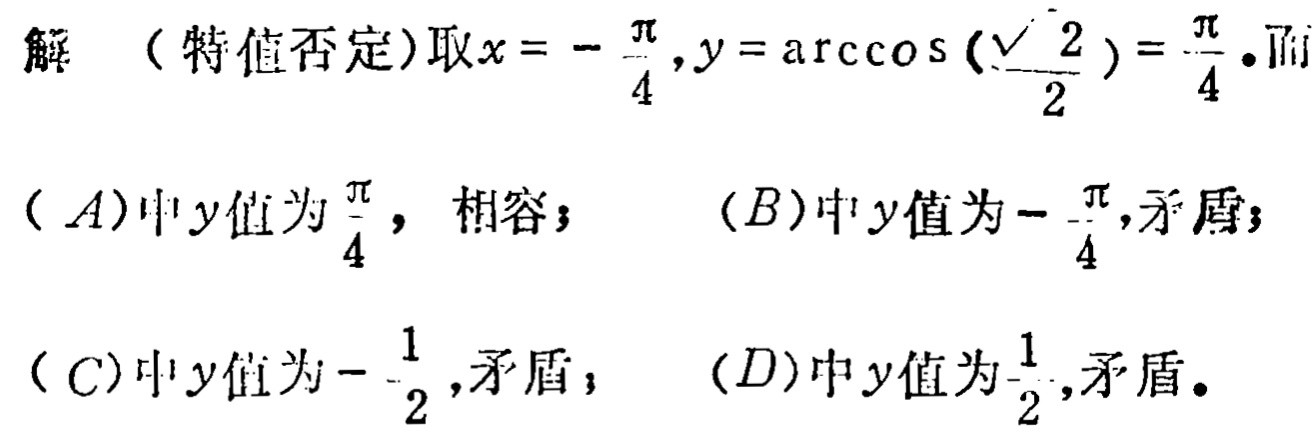
解（特值否定）取\(x = -\frac{\pi}{4},y = \arccos(\frac{\sqrt{2}}{2})=\frac{\pi}{4}\)。而
\((A)\)中\(y\)值为\(\frac{\pi}{4}\)，相容； \((B)\)中\(y\)值为\(-\frac{\pi}{4}\)，矛盾；
\((C)\)中\(y\)值为\(-\frac{1}{2}\)，矛盾； \((D)\)中\(y\)值为\(\frac{1}{2}\)，矛盾。